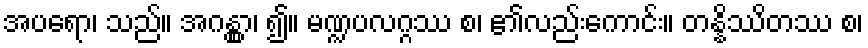
အပရော၊ သည်။ အဂန္တွာ၊ ၍။ မဏ္ဍပလဂ္ဂဿ စ၊ ၏လည်းကောင်း။ တန္နိဿိတဿ စ၊